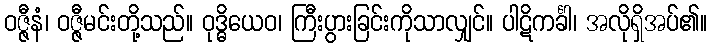
ဝဇ္ဇီနံ၊ ဝဇ္ဇီမင်းတို့သည်။ ဝုဒ္ဓိယေဝ၊ ကြီးပွားခြင်းကိုသာလျှင်။ ပါဋိကင်္ခါ၊ အလိုရှိအပ်၏။